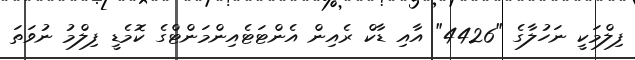
ފިލްމަކީ ނަހުލާގެ "4426" އާއި ޑާކް ރެއިން އެންޓަޓެއިންމަންޓްގެ ކޮމެޑީ ފިލްމު ނުވަތަ